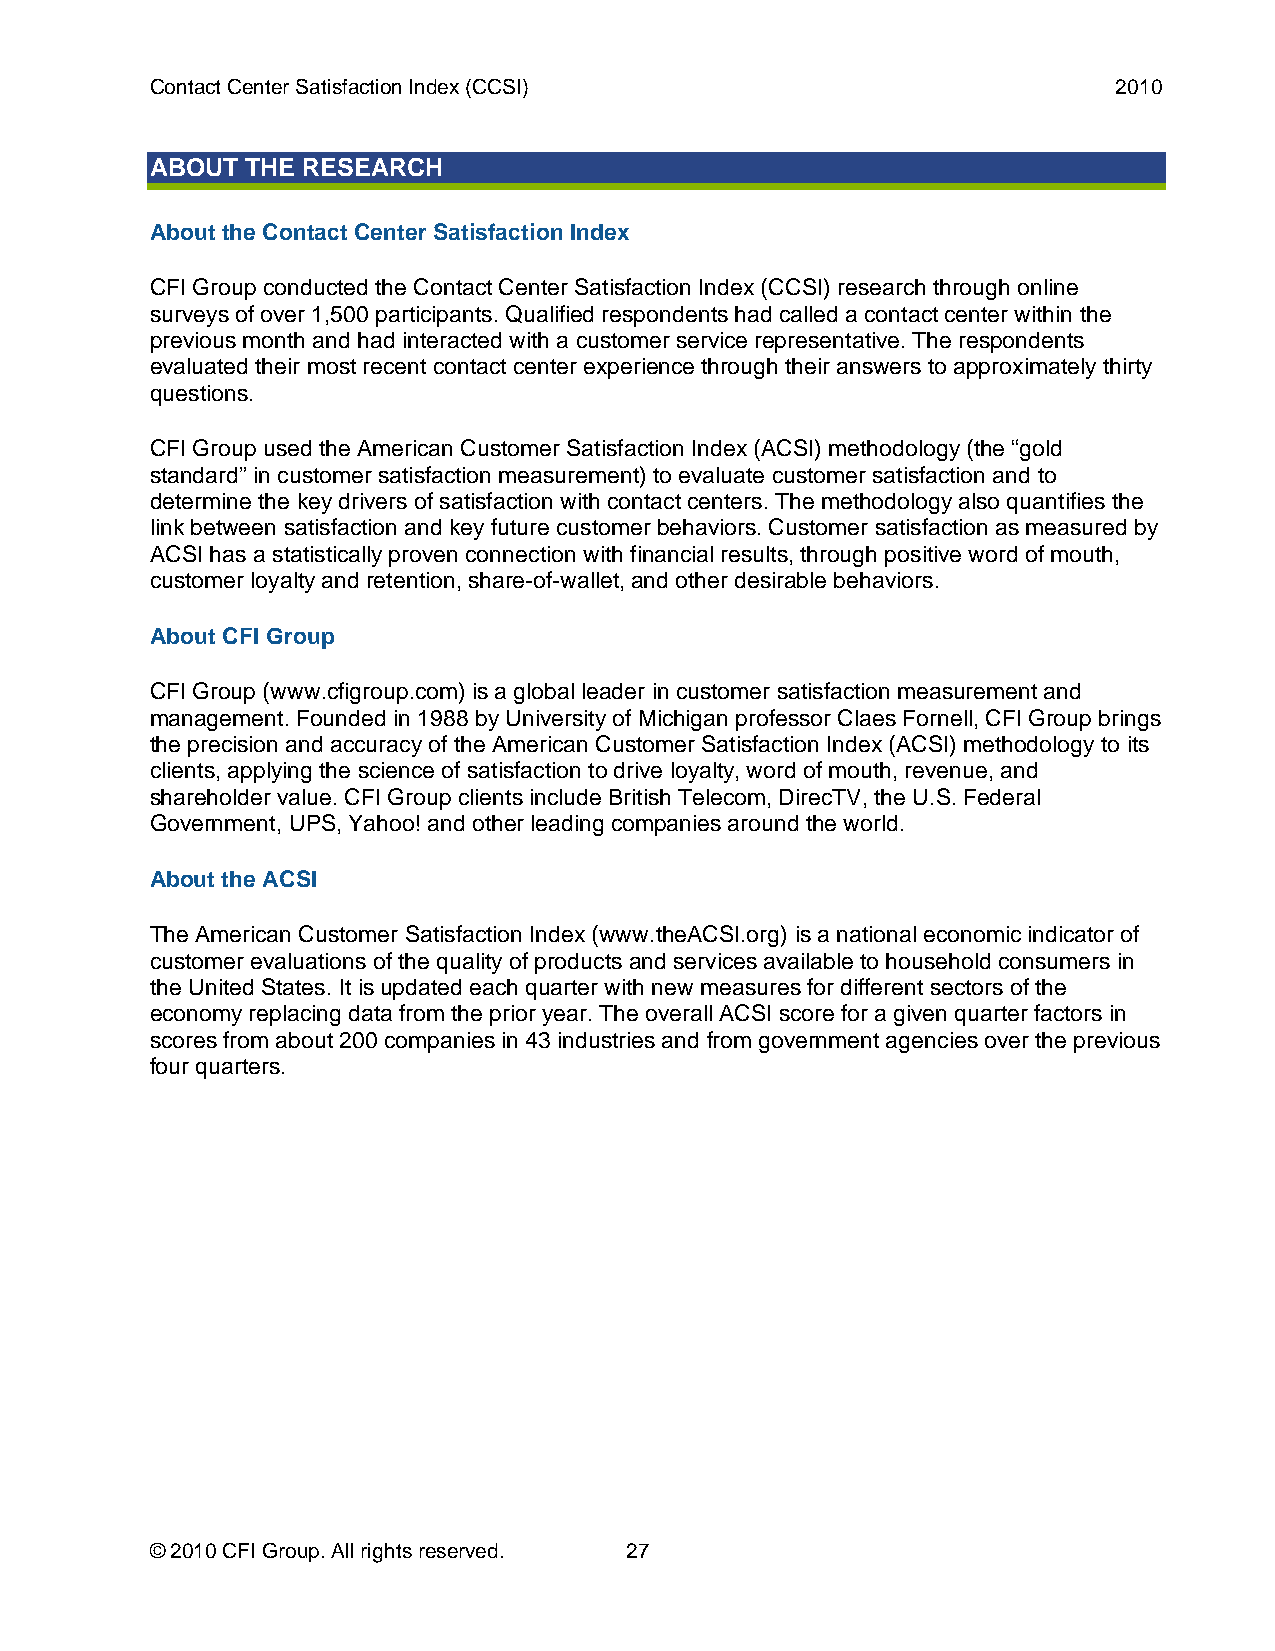
Contact Center Satisfaction Index (CCSI)                        2010
 ABOUT THE RESEARCH
 About the Contact Center Satisfaction Index
 CFI Group conducted the Contact Center Satisfaction Index (CCSI) research through online
 surveys of over 1,500 participants. Qualified respondents had called a contact center within the
 previous month and had interacted with a customer service representative. The respondents
 evaluated their most recent contact center experience through their answers to approximately thirty
 questions.
 CFI Group used the American Customer Satisfaction Index (ACSI) methodology (the “gold
 standard” in customer satisfaction measurement) to evaluate customer satisfaction and to
 determine the key drivers of satisfaction with contact centers. The methodology also quantifies the
 link between satisfaction and key future customer behaviors. Customer satisfaction as measured by
 ACSI has a statistically proven connection with financial results, through positive word of mouth,
 customer loyalty and retention, share-of-wallet, and other desirable behaviors.
 About CFI Group
 CFI Group (www.cfigroup.com) is a global leader in customer satisfaction measurement and
 management. Founded in 1988 by University of Michigan professor Claes Fornell, CFI Group brings
 the precision and accuracy of the American Customer Satisfaction Index (ACSI) methodology to its
 clients, applying the science of satisfaction to drive loyalty, word of mouth, revenue, and
 shareholder value. CFI Group clients include British Telecom, DirecTV, the U.S. Federal
 Government, UPS, Yahoo! and other leading companies around the world.
 About the ACSI
 The American Customer Satisfaction Index (www.theACSI.org) is a national economic indicator of
 customer evaluations of the quality of products and services available to household consumers in
 the United States. It is updated each quarter with new measures for different sectors of the
 economy replacing data from the prior year. The overall ACSI score for a given quarter factors in
 scores from about 200 companies in 43 industries and from government agencies over the previous
 four quarters.
 © 2010 CFI Group. All rights reserved. 27